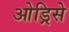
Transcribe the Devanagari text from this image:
ओड्रिसे